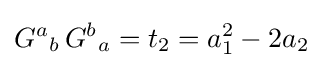
{G^{a}}_{b}\,{G^{b}}_{a}=t_{2}=a_{1}^{2}-2a_{2}